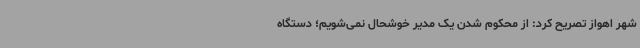
شهر اهواز تصریح کرد: از محکوم شدن یک مدیر خوشحال نمی‌شویم؛ دستگاه